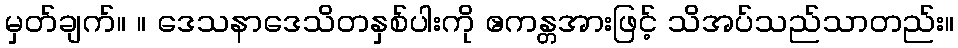
မှတ်ချက်။ ။ ဒေသနာဒေသိတနှစ်ပါးကို ဧကန္တအားဖြင့် သိအပ်သည်သာတည်း။